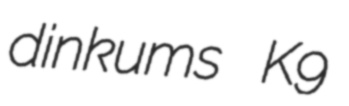
dinkums K9